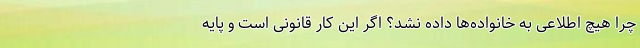
چرا هیچ اطلاعی به خانواده‌ها داده نشد؟ اگر این کار قانونی است و پایه